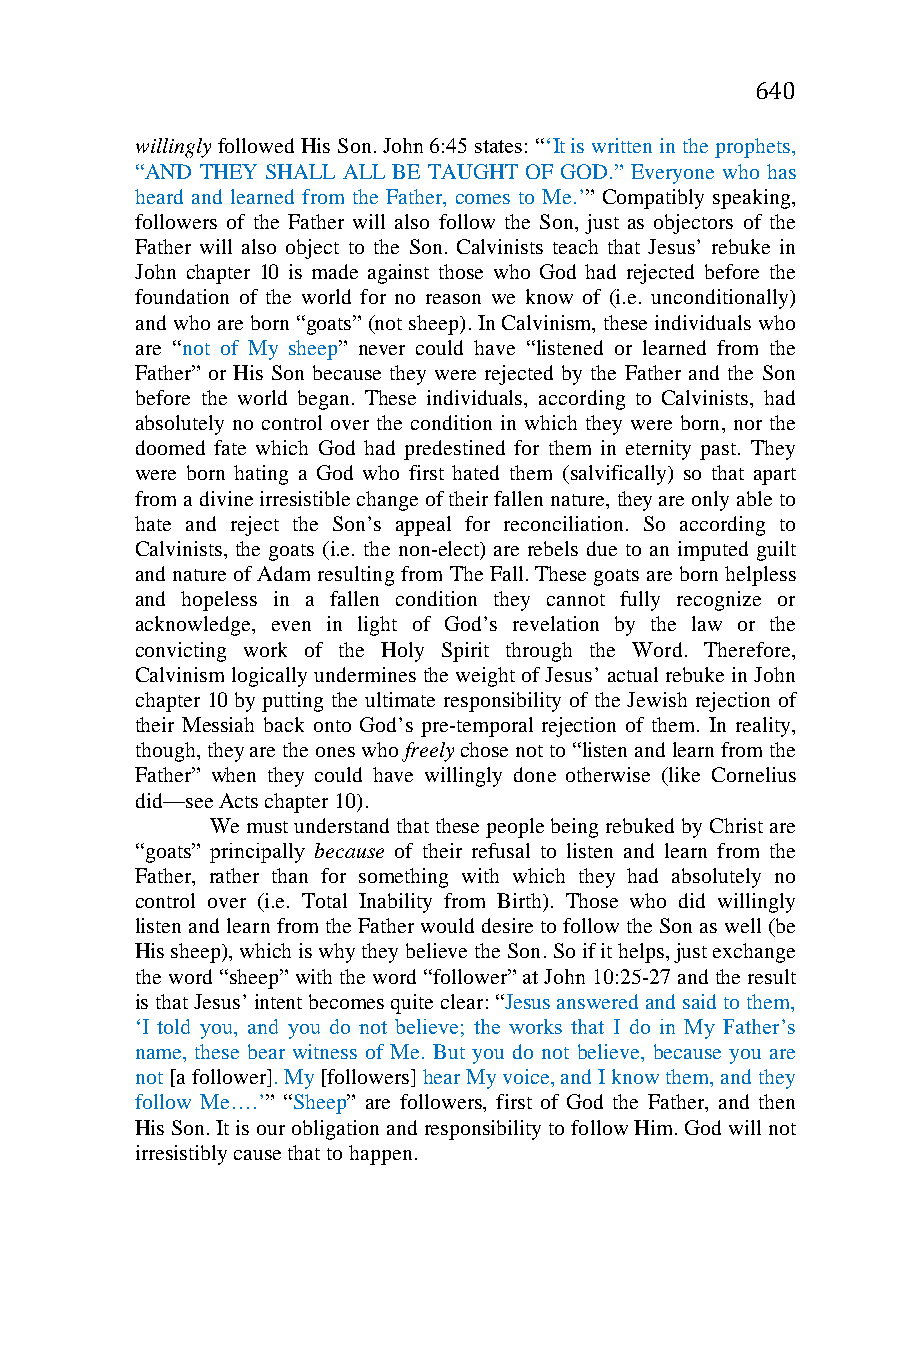
640
 willingly followed His Son. John 6:45 states: “‘It is written in the prophets,
 “AND THEY SHALL ALL BE TAUGHT OF GOD.” Everyone who has
 heard and learned from the Father, comes to Me.’” Compatibly speaking,
 followers of the Father will also follow the Son, just as objectors of the
 Father will also object to the Son. Calvinists teach that Jesus’ rebuke in
 John chapter 10 is made against those who God had rejected before the
 foundation of the world for no reason we know of (i.e. unconditionally)
 and who are born “goats” (not sheep). In Calvinism, these individuals who
 are “not of My sheep” never could have “listened or learned from the
 Father” or His Son because they were rejected by the Father and the Son
 before the world began. These individuals, according to Calvinists, had
 absolutely no control over the condition in which they were born, nor the
 doomed fate which God had predestined for them in eternity past. They
 were born hating a God who first hated them (salvifically) so that apart
 from a divine irresistible change of their fallen nature, they are only able to
 hate and reject the Son’s appeal for reconciliation. So according to
 Calvinists, the goats (i.e. the non-elect) are rebels due to an imputed guilt
 and nature of Adam resulting from The Fall. These goats are born helpless
 and hopeless in a fallen condition they cannot fully recognize or
 acknowledge, even in light of God’s revelation by the law or the
 convicting work of the Holy Spirit through the Word. Therefore,
 Calvinism logically undermines the weight of Jesus’ actual rebuke in John
 chapter 10 by putting the ultimate responsibility of the Jewish rejection of
 their Messiah back onto God’s pre-temporal rejection of them. In reality,
 though, they are the ones who freely chose not to “listen and learn from the
 Father” when they could have willingly done otherwise (like Cornelius
 did—see Acts chapter 10).
 We must understand that these people being rebuked by Christ are
 “goats” principally because of their refusal to listen and learn from the
 Father, rather than for something with which they had absolutely no
 control over (i.e. Total Inability from Birth). Those who did willingly
 listen and learn from the Father would desire to follow the Son as well (be
 His sheep), which is why they believe the Son. So if it helps, just exchange
 the word “sheep” with the word “follower” at John 10:25-27 and the result
 is that Jesus’ intent becomes quite clear: “Jesus answered and said to them,
 ‘I told you, and you do not believe; the works that I do in My Father’s
 name, these bear witness of Me. But you do not believe, because you are
 not [a follower]. My [followers] hear My voice, and I know them, and they
 follow Me….’” “Sheep” are followers, first of God the Father, and then
 His Son. It is our obligation and responsibility to follow Him. God will not
 irresistibly cause that to happen.